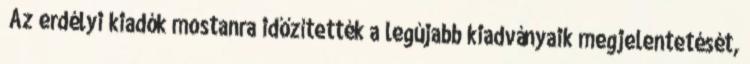
„Az erdélyi kiadók mostanra időzítették a legújabb kiadványaik megjelentetését,